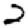
Digit: 2